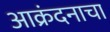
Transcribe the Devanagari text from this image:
आक्रंदनाचा